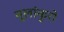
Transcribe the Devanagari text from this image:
मूलांकुरो